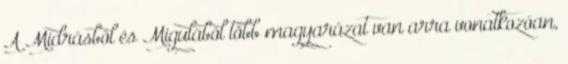
A Midrásból és Migulából több magyarázat van arra vonatkozóan,